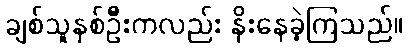
ချစ်သူနှစ်ဦးကလည်း နိုးနေခဲ့ကြသည်။